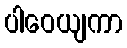
ပါဝေယျကာ